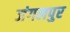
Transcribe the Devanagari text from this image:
जंगलपुर